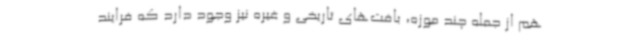
هم از جمله چند موزه، بافت‌های تاریخی و غیره نیز وجود دارد که فرایند